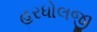
હરધોલજી